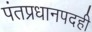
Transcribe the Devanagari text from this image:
पंतप्रधानपदही